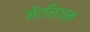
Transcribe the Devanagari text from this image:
मेंटलिज्म